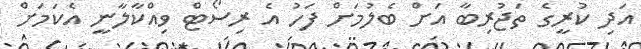
އަދި ކުރީގެ ތަޖުރިބާ އަށް ބެލުމަށް ފަހު އެ ރިސޯޓް ވިއްކާލާނީ އެކަމަށް